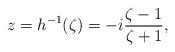
LaTeX: \begin{align*}z=h^{-1}(\zeta)=-i\frac{\zeta-1}{\zeta+1}, \end{align*}